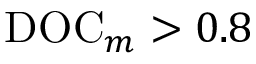
\mathrm { D O C } _ { m } > 0 . 8